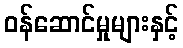
ဝန်ဆောင်မှုများနှင့်